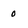
Character: 0